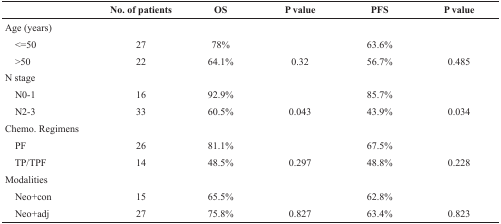
<table><thead><tr><td></td><td><b>No. of patients</b></td><td><b>OS</b></td><td><b>P value</b></td><td><b>PFS</b></td><td><b>P value</b></td></tr></thead><tbody><tr><td>Age (years)</td><td></td><td></td><td></td><td></td><td></td></tr><tr><td> &lt;=50</td><td>27</td><td>78%</td><td></td><td>63.6%</td><td></td></tr><tr><td> &gt;50</td><td>22</td><td>64.1%</td><td>0.32</td><td>56.7%</td><td>0.485</td></tr><tr><td>N stage</td><td></td><td></td><td></td><td></td><td></td></tr><tr><td> N0-1</td><td>16</td><td>92.9%</td><td></td><td>85.7%</td><td></td></tr><tr><td> N2-3</td><td>33</td><td>60.5%</td><td>0.043</td><td>43.9%</td><td>0.034</td></tr><tr><td>Chemo. Regimens</td><td></td><td></td><td></td><td></td><td></td></tr><tr><td> PF</td><td>26</td><td>81.1%</td><td></td><td>67.5%</td><td></td></tr><tr><td> TP/TPF</td><td>14</td><td>48.5%</td><td>0.297</td><td>48.8%</td><td>0.228</td></tr><tr><td>Modalities</td><td></td><td></td><td></td><td></td><td></td></tr><tr><td> Neo+con</td><td>15</td><td>65.5%</td><td></td><td>62.8%</td><td></td></tr><tr><td> Neo+adj</td><td>27</td><td>75.8%</td><td>0.827</td><td>63.4%</td><td>0.823</td></tr></tbody></table>